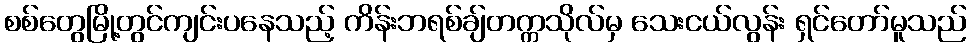
စစ်တွေမြို့တွင်ကျင်းပနေသည့် ကိန်းဘရစ်ချ်တက္ကသိုလ်မှ သေးငယ်လွန်း ရှင်တော်မူသည်